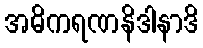
အဓိကရဏနိဒါနာဒိ